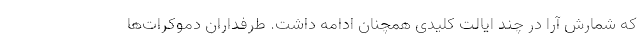
که شمارش آرا در چند ایالت کلیدی همچنان ادامه داشت. طرفداران دموکرات‌ها